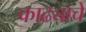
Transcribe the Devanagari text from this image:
काढ्याचे